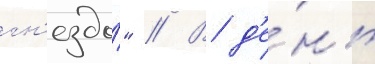
гн'ездо́" // В д'е́нь